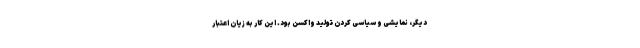
دیگر، نمایشی و سیاسی کردن تولید واکسن بود. این کار به زیان اعتبار